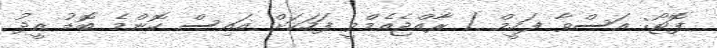
ފޮޓޯ: އަސްވާ ފަހީމް / ރާއްޖެއެމްވީ ފަހަކަށް އައިސް ކޮންމެ ބޮޑު އީދު